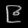
Digit: ၉